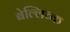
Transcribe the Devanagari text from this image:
बेल्लिच्क